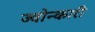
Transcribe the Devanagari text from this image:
ज्वोन्कारी